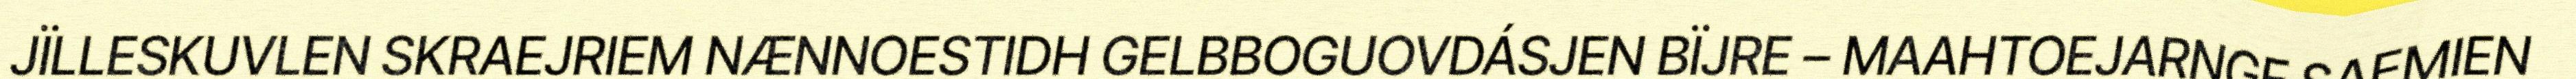
JÏLLESKUVLEN SKRAEJRIEM NÆNNOESTIDH GELBBOGUOVDÁSJEN BÏJRE – MAAHTOEJARNGE SAEMIEN